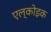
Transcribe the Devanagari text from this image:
एल्कोइक